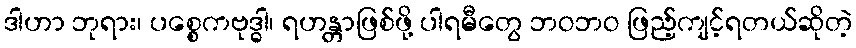
ဒါဟာ ဘုရား၊ ပစ္စေကဗုဒ္ဓါ၊ ရဟန္တာဖြစ်ဖို့ ပါရမီတွေ ဘဝဘဝ ဖြည့်ကျင့်ရတယ်ဆိုတဲ့